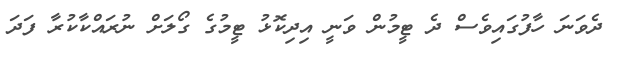
ދެވަނަ ހާފުގައިވެސް ދެ ޓީމުން ވަނީ އިދިކޮޅު ޓީމުގެ ގޯލަށް ނުރައްކާކުރާ ފަދަ